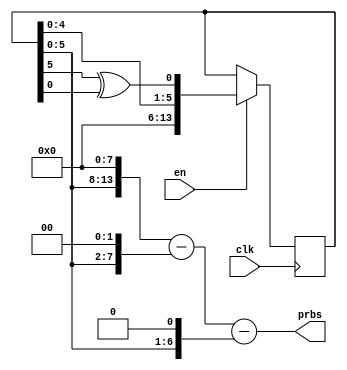
module lfsr_ex8 (clk, en, prbs);
	
	input clk;
	input en;
	output [13:0] prbs;
	
	reg [13:0] sreg;
	
	initial sreg = 14'b1;
	
	always @ (posedge clk)
		if (en==1'b1)
		sreg <= {8'b0, sreg[4:0], sreg[5] ^ sreg[0]};
		
	assign prbs = {sreg[5:0], 8'b0} - {6'b0, sreg[5:0], 2'b0} - {7'b0, sreg[5:0], 1'b0};
	
endmodule